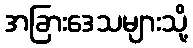
အခြားဒေသများသို့